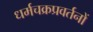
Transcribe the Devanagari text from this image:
धर्मचक्रप्रवर्तनों